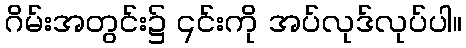
ဂိမ်းအတွင်း၌ ၎င်းကို အပ်လုဒ်လုပ်ပါ။